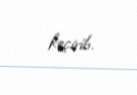
keçirib.